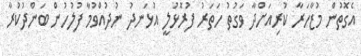
އެގޮތުން މުޒާހަރާ ކުރިއަށްދާ ވަގުތު ހަތަރު ފުރޮޅުލީ އުޅަނދު ނުދުއްވުމާ ފުލުހުން ބަންދުކުރާ